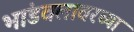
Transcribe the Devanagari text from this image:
भांडवलावरच्या